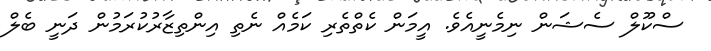
ސްކޫލް ސެޝަން ނިމެނީއެވެ. އީމަން ކެތްތެރި ކަމެއް ނެތި އިންތިޒާރުކުރަމުން ދަނީ ބެލް